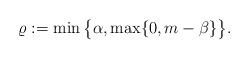
LaTeX: \begin{align*} \varrho :=\min\big\{\alpha,\max\{0,m-\beta\}\big\}. \end{align*}